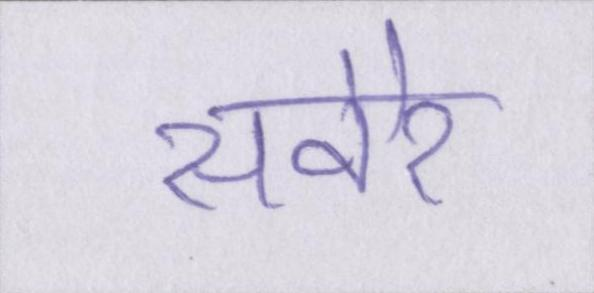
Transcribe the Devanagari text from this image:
सवेरे